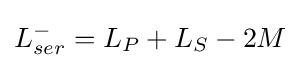
L_{ser}^{-}=L_{P}+L_{S}-2M